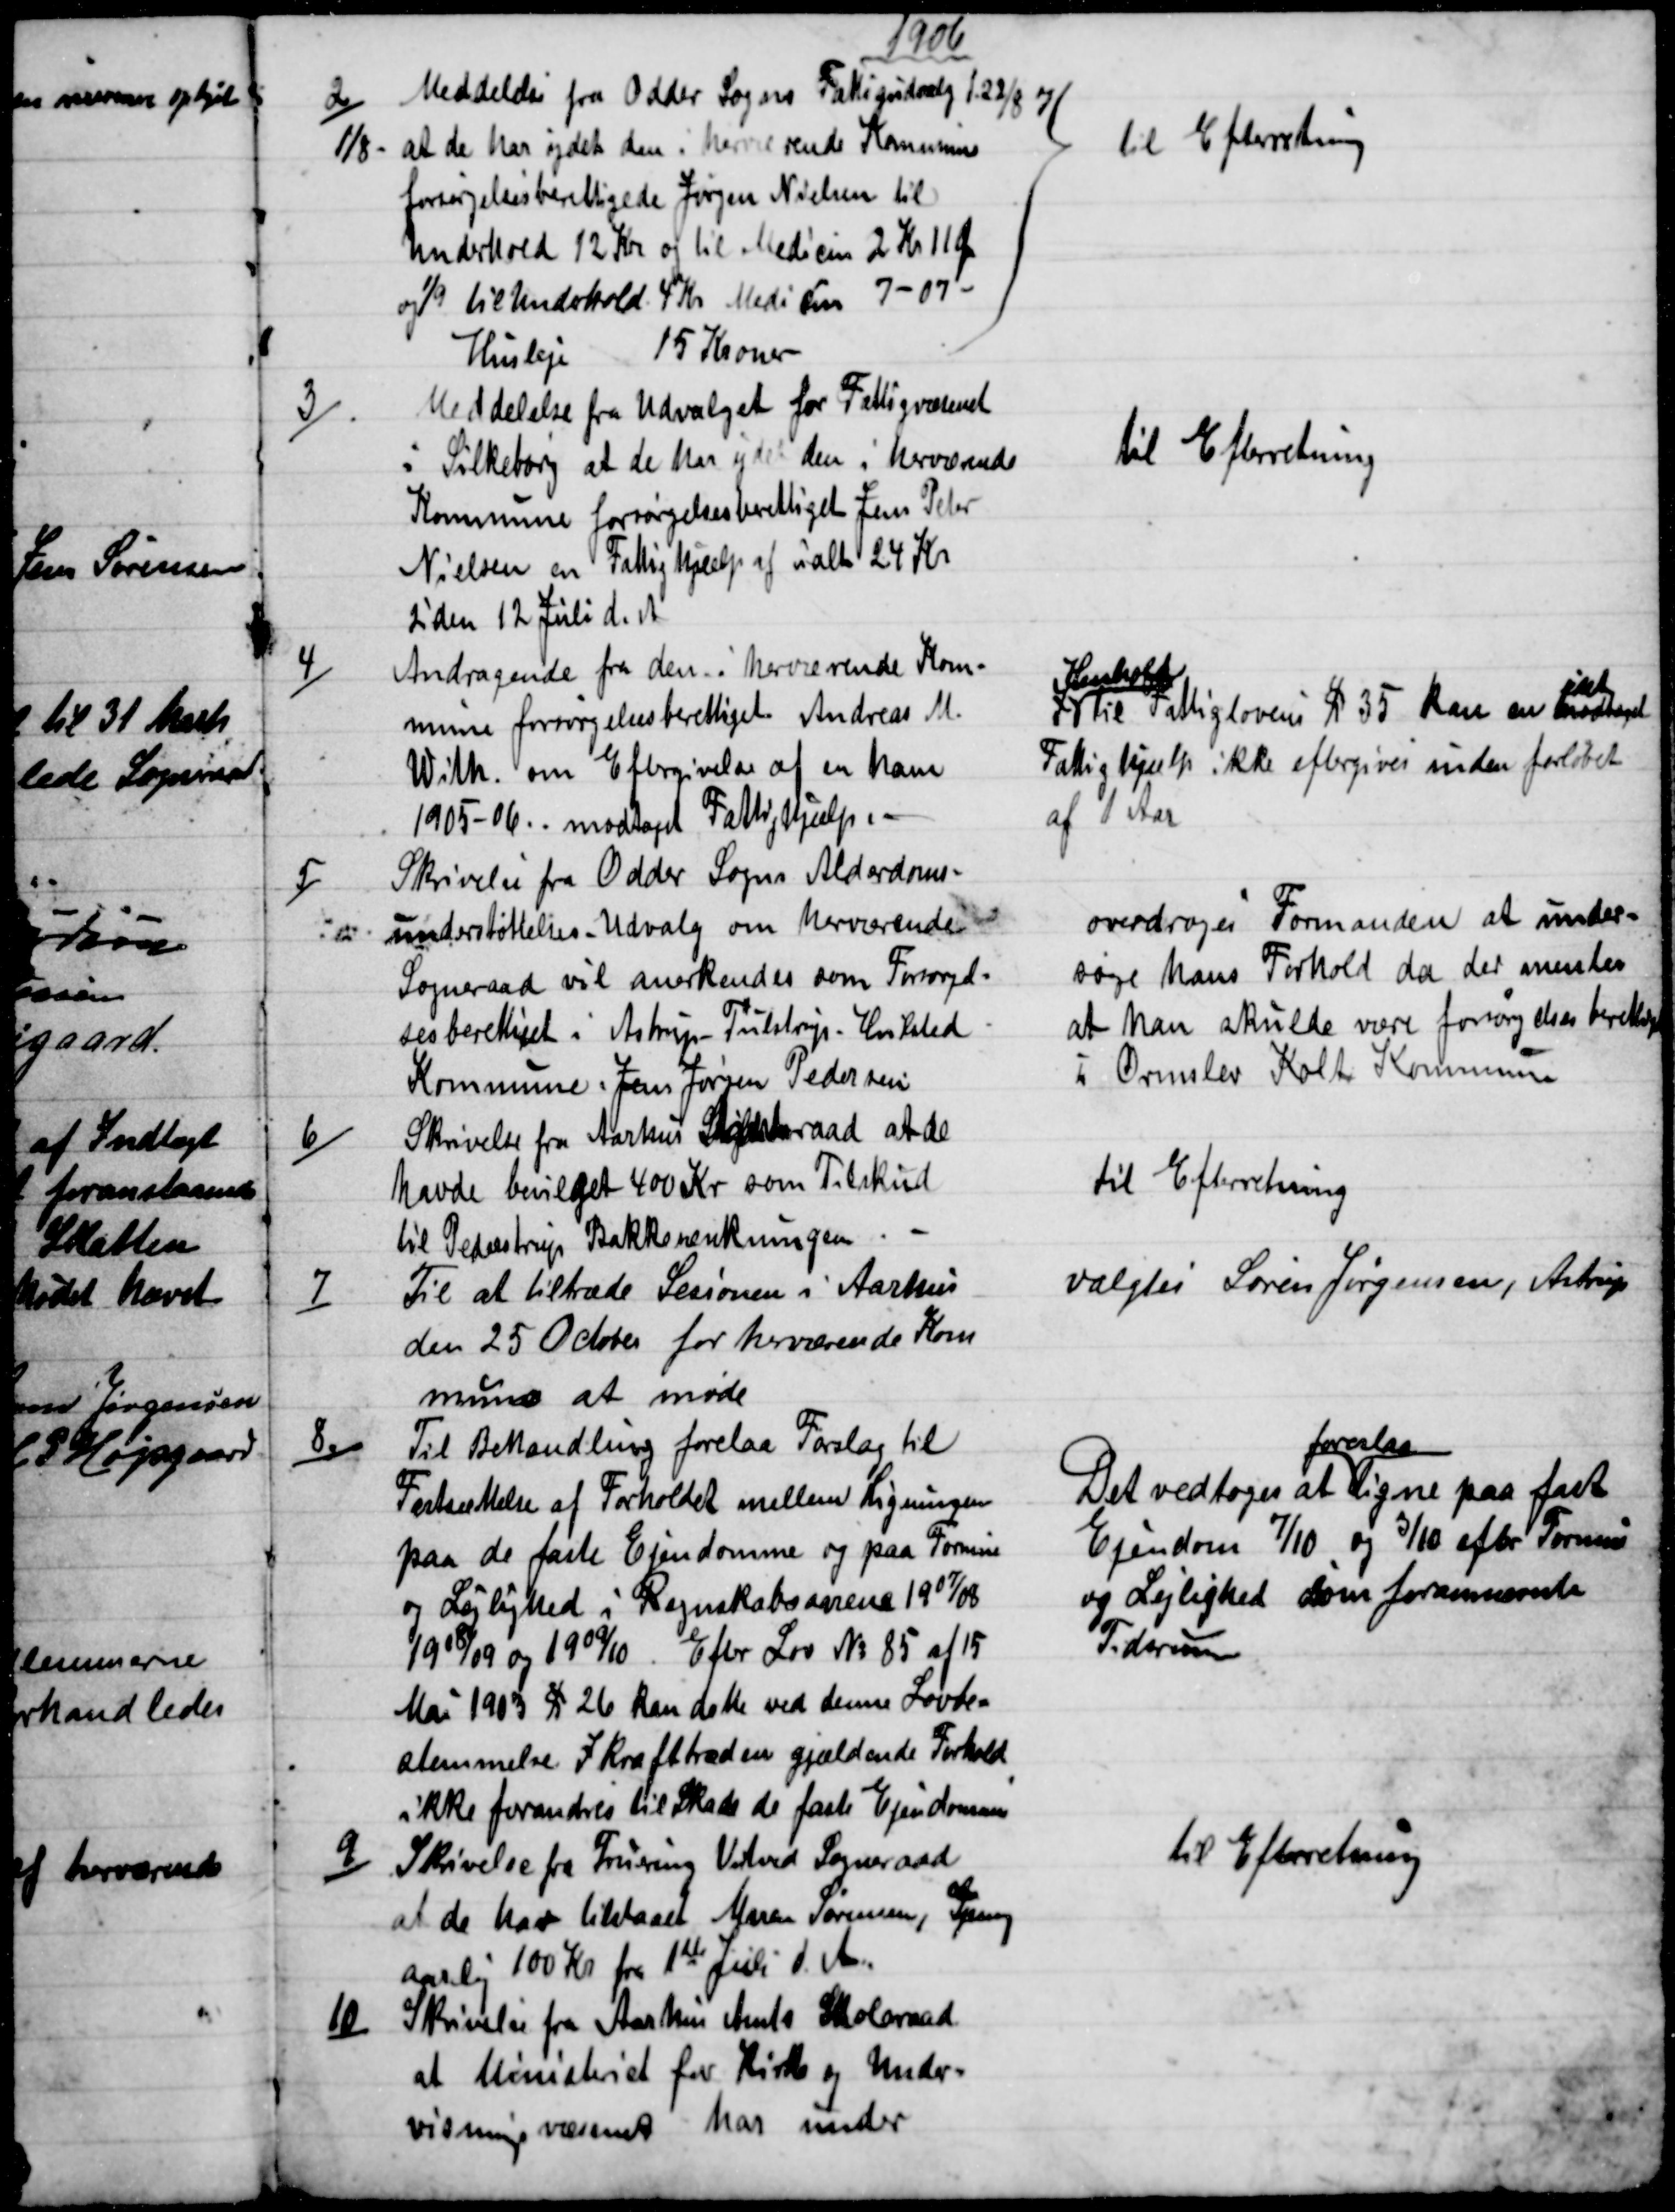
Transskription:
1906
2) Meddelelse fra Odder Sogns Fattigudvalg d.22/8 og
1/8 - at de har ydet den i herværende Kommune
forsørgelsesberettigede Jørgen Nielsen til
Underhold 12 Kr og til Medicin 2 Kr 11 Øre
og 1/9 til Underhold. 4 Kr Medicin 7- 07 -.
Husleje 15 Kroner
til Efterretning
3)
Meddelelse fra Udvalget for Fattigvæsenet
i Silkeborg at de har ydet den i herværende
Kommune forsørgelsesberettiget Jens Peter
Nielsen en Fattighjælp af ialt 24 Kr
siden 12 Juli d. A.
til Efterretning
4)
Andragende fra den i herværende Kom-
mune forsørgelsesberettiget Andreas M.
With. om Eftergivelse af en ham
1905-06. modtaget Fattighjælp. 
I 
Henhold
til Fattiglovens § 35 kan en modtaget 
ydet
Fattighjælp ikke eftergives inden forløbet
af 1 Aar.
5)
Skrivelse fra Odder Sogns Alderdoms-
understøttelses-Udvalg om herværende
Sogneraad vil anerkendes som Forsørgel-
sesberettiget i Astrup-Tulstrup-Hvilsted
Kommune. Jens Jørgen Pedersen.
overdroges Formanden at under=
søge hans Forhold da der mentes
at han skulde være forsørgelsesberettiget
i Ormslev Kolt Kommune.
6)
Skrivelse fra Aarhus Stiftsraad at de
havde bevilget 400 Kr som Tilskud
til Pederstrup Bakkesænkningen.
til Efterretning
7)
Til at tiltræde Sesionen i Aarhus
den 25 October for herværende Kom
mune at møde
valgtes Søren Jørgensen, Astrup
8.)
Til Behandling forelaa Forslag til
Fastsættelse af Forholdet mellem Ligningen
paa de faste Ejendomme og paa Formue
og Lejlighed i Regnskabsaarene 1907/08
1908/09 og 1909/10. Efter Lov № 85 af 15
Mai 1903 § 26 kan dette ved denne Lovbe=
stemmelse Ikrafttræden gjældende Forhold
ikke forandres til Skade de faste Ejendomme
Det vedtoges at 
foreslaa
ligne paa fast
Ejendom 7/10 og 3/10 efter Formue
og Lejlighed som forannævnte
Tidsrum
9)
Skrivelse fra Fruering Vitved Sogneraad
at de har tilstaaet Maren Sørensen, Spang
aarlig 100 Kr fra 1ste Juli d. A.
til Efterretning
10)
Skrivelse fra Aarhus Amts Skoleraad
at Ministeriet for Kirke og Under-
visningsvæsenet har under